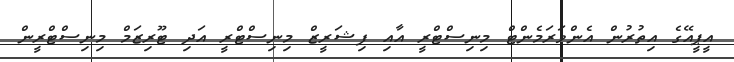
އީޕީއޭގެ އިތުރުން އެންވަރަމެންޓް މިނިސްޓްރީ އާއި ފިޝަރީޒް މިނިސްޓްރީ އަދި ޓޫރިޒަމް މިނިސްޓްރީން